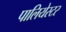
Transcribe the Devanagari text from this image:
पालियेस्टर